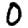
Digit: 0